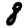
Digit: 8